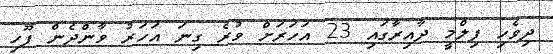
ދިވެހި ފިލްމީ ދާއިރާގައި 23 އަހަރަށް ވުރެ ގިނަ އަހަރު ވާންދެން ފޫހި